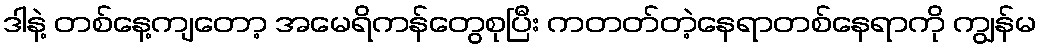
ဒါနဲ့ တစ်နေ့ကျတော့ အမေရိကန်တွေစုပြီး ကတတ်တဲ့နေရာတစ်နေရာကို ကျွန်မ